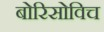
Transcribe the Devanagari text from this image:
बोरिसोविच